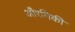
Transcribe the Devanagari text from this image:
औरमिकी